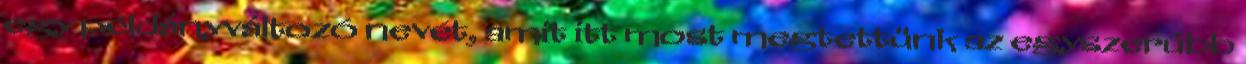
egy példányváltozó nevét, amit itt most megtettünk az egyszerűbb